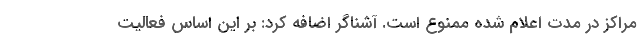
مراکز در مدت اعلام شده ممنوع است. آشناگر اضافه کرد: بر این اساس فعالیت